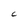
Character: C